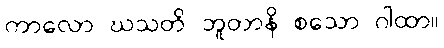
ကာလော ဃသတိ ဘူတာနိ စသော ဂါထာ။